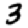
Digit: 3